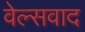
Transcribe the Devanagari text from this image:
वेल्सवाद